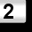
Digit: 2